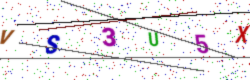
Text: VS3U5X